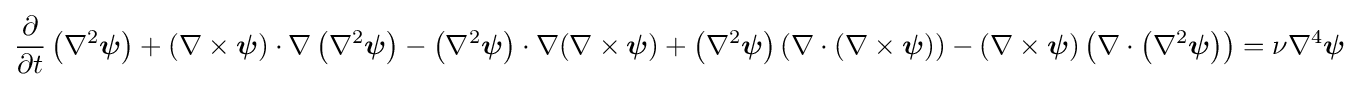
{\frac {\partial }{\partial t}}\left(\nabla ^{2}{\boldsymbol {\psi }}\right)+(\nabla \times {\boldsymbol {\psi }})\cdot \nabla \left(\nabla ^{2}{\boldsymbol {\psi }}\right)-\left(\nabla ^{2}{\boldsymbol {\psi }}\right)\cdot \nabla (\nabla \times {\boldsymbol {\psi }})+\left(\nabla ^{2}{\boldsymbol {\psi }}\right)(\nabla \cdot (\nabla \times {\boldsymbol {\psi }}))-(\nabla \times {\boldsymbol {\psi }})\left(\nabla \cdot \left(\nabla ^{2}{\boldsymbol {\psi }}\right)\right)=\nu \nabla ^{4}{\boldsymbol {\psi }}